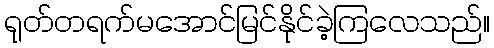
ရုတ်တရက်မအောင်မြင်နိုင်ခဲ့ကြလေသည်။